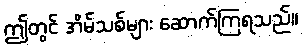
ဤတွင် အိမ်သစ်များ ဆောက်ကြရသည်။